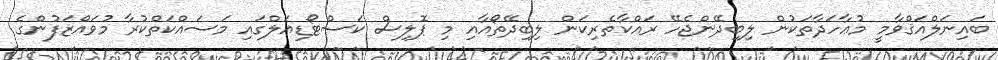
ބައިނަލްއަޤްވާމީ މުޢާހަދާތަކުން ލިބިދޭންޖެހޭ ރައްކާތެރިކަން ލިބިދޭތޯއާއި މި ޕޮލިސް ކަސްޓޯޑިއަލްގައި މަސައްކަތްކުރާ މުވައްޒަފުންގެ